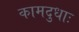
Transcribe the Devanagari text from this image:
कामदुधाः